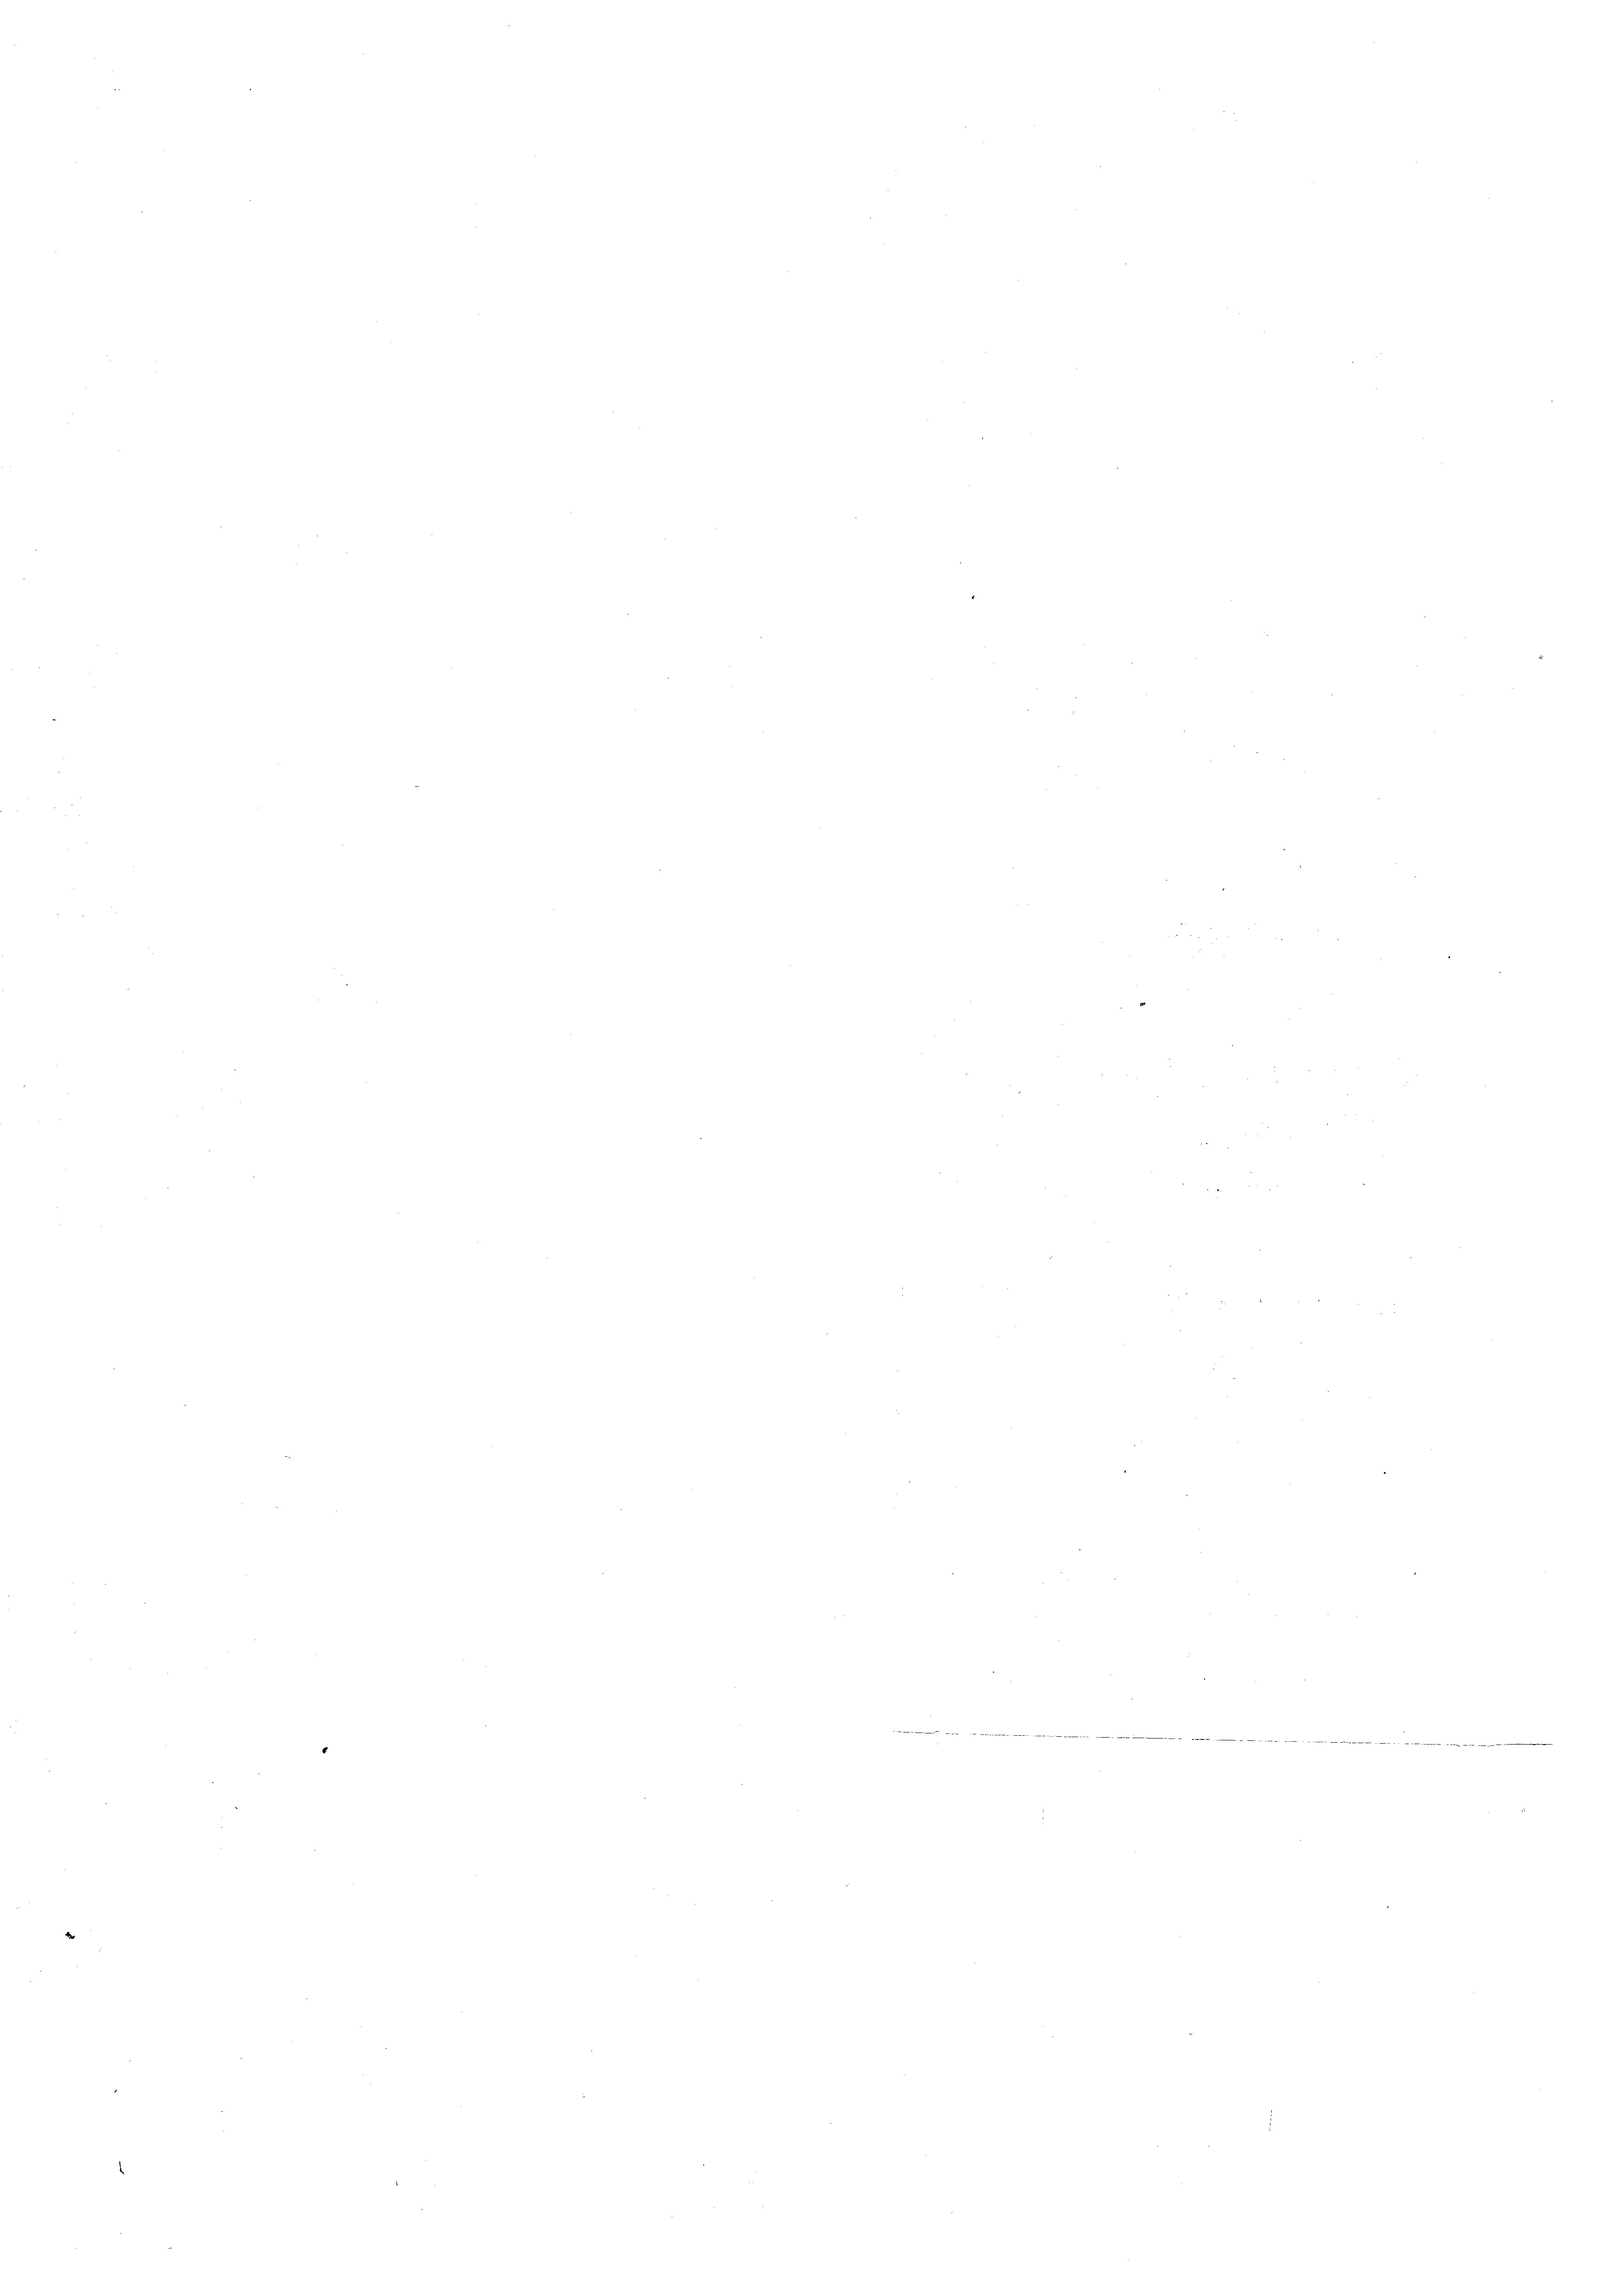
n

e

e

2

e

e
e
e
e
¬
e
.
e

e
.

e

212

.

¬

¬

.
e

.

¬
e
.
u
n
e
e
.
e
¬
¬
e
e
2
e
e
e
¬
e
e
¬
n
2
e
2
8
ör 32. Frieder Lieber 111 447